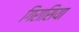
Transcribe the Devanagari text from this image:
गिरासिया